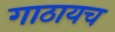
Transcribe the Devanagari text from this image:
गाठायच